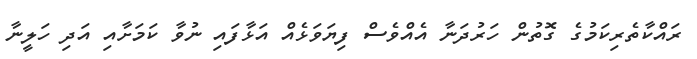
ރައްކާތެރިކަމުގެ ގޮތުން ހަރުދަނާ އެއްވެސް ފިޔަވަޅެއް އަޅާފައި ނުވާ ކަމަށާއި އަދި ހަލީނާ